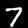
Label: 7